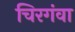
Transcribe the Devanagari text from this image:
चिरगंवा